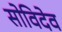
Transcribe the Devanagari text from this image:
सोविदेव